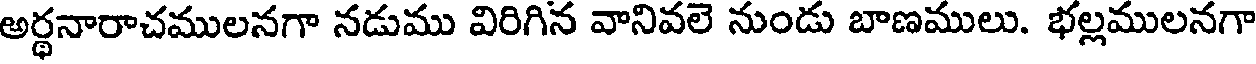
అర్థనారాచములనగా నడుము విరిగిన వానివలె నుండు బాణములు. భల్లములనగా